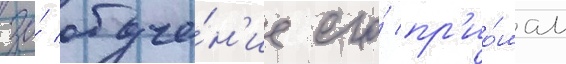
за́ обуче́н'ие его́ пр'ио́мам